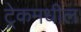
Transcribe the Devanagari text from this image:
ट्रेकमधील